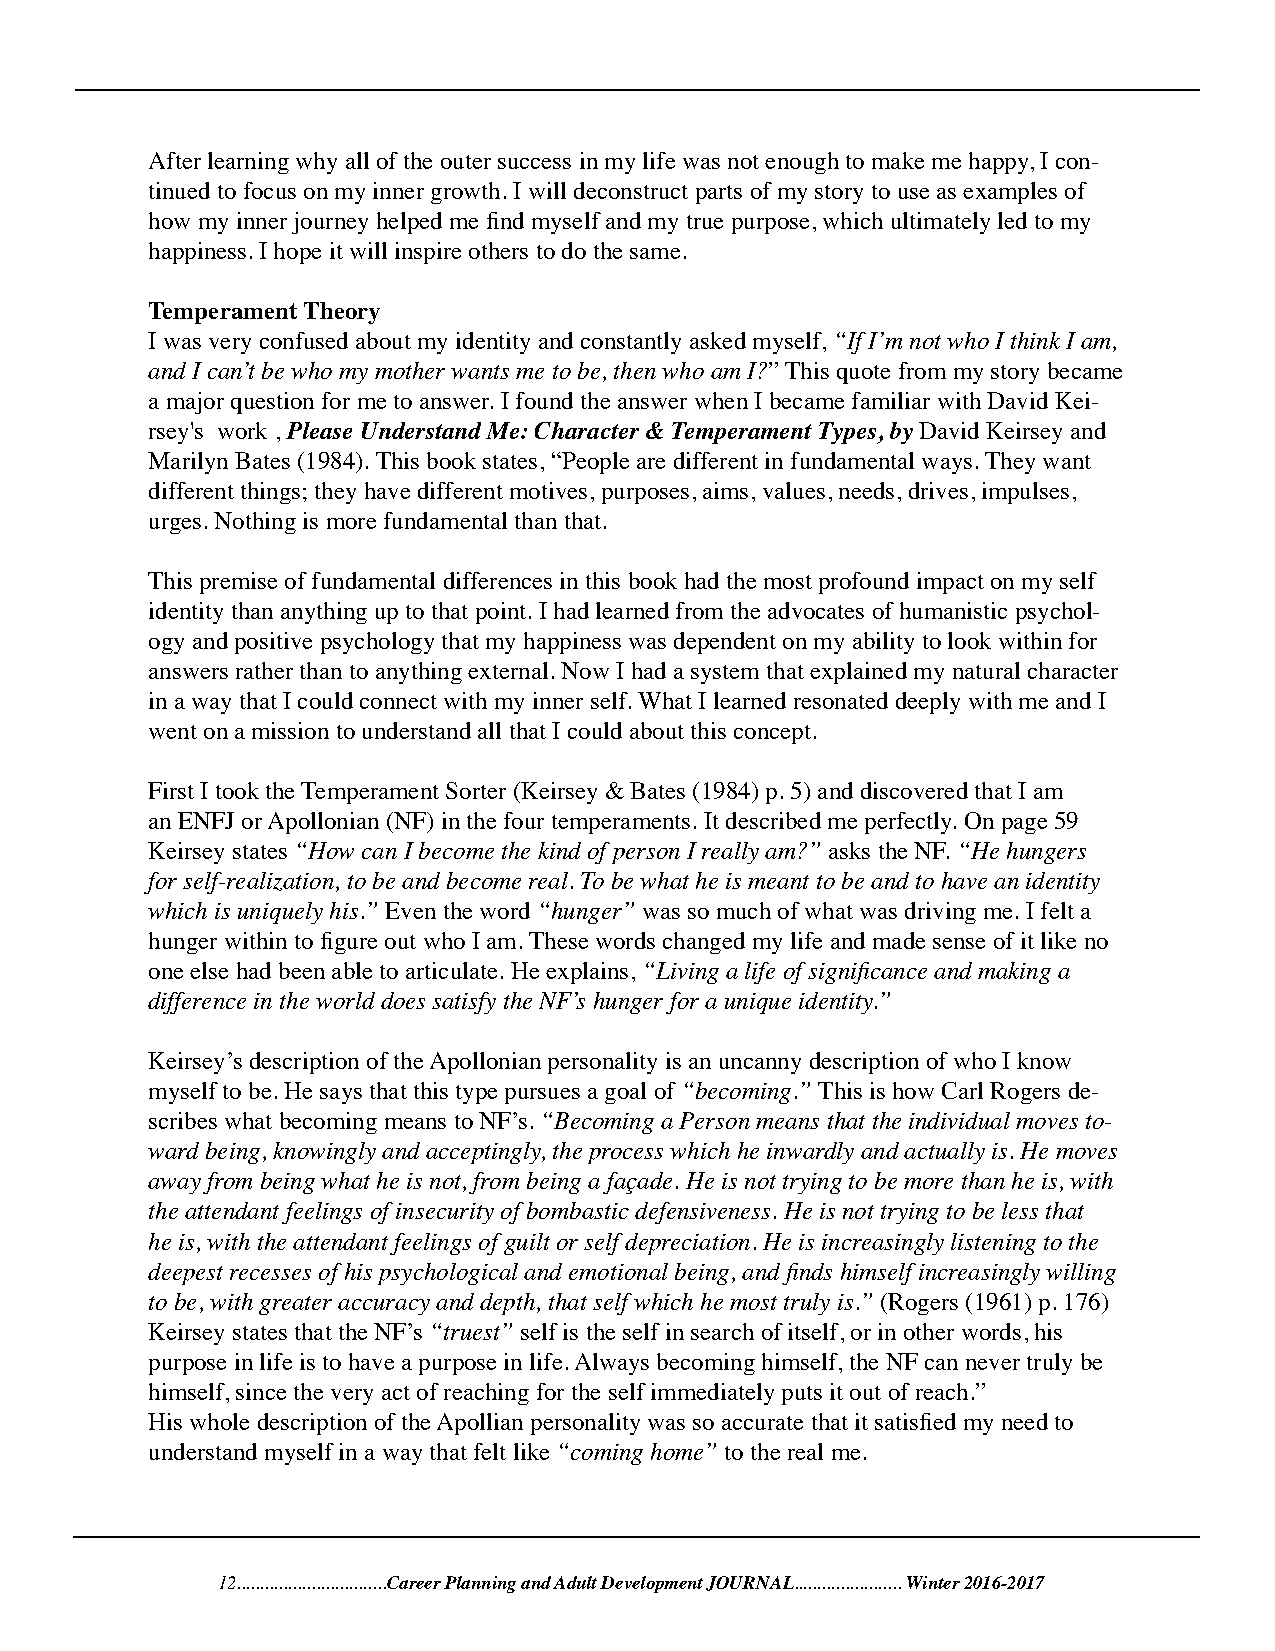
After learning why all of the outer success in my life was not enough to make me happy, I con-
 tinued to focus on my inner growth. I will deconstruct parts of my story to use as examples of
 how my inner journey helped me find myself and my true purpose, which ultimately led to my
 happiness. I hope it will inspire others to do the same.
 Temperament Theory
 I was very confused about my identity and constantly asked myself, “If I’m not who I think I am,
 and I can’t be who my mother wants me to be, then who am I?” This quote from my story became
 a major question for me to answer. I found the answer when I became familiar with David Kei-
 rsey's work , Please Understand Me: Character & Temperament Types, by David Keirsey and
 Marilyn Bates (1984). This book states, “People are different in fundamental ways. They want
 different things; they have different motives, purposes, aims, values, needs, drives, impulses,
 urges. Nothing is more fundamental than that.
 This premise of fundamental differences in this book had the most profound impact on my self
 identity than anything up to that point. I had learned from the advocates of humanistic psychol-
 ogy and positive psychology that my happiness was dependent on my ability to look within for
 answers rather than to anything external. Now I had a system that explained my natural character
 in a way that I could connect with my inner self. What I learned resonated deeply with me and I
 went on a mission to understand all that I could about this concept.
 First I took the Temperament Sorter (Keirsey & Bates (1984) p. 5) and discovered that I am
 an ENFJ or Apollonian (NF) in the four temperaments. It described me perfectly. On page 59
 Keirsey states “How can I become the kind of person I really am?” asks the NF. “He hungers
 for self-realization, to be and become real. To be what he is meant to be and to have an identity
 which is uniquely his.” Even the word “hunger” was so much of what was driving me. I felt a
 hunger within to figure out who I am. These words changed my life and made sense of it like no
 one else had been able to articulate. He explains, “Living a life of significance and making a
 difference in the world does satisfy the NF’s hunger for a unique identity.”
 Keirsey’s description of the Apollonian personality is an uncanny description of who I know
 myself to be. He says that this type pursues a goal of “becoming.” This is how Carl Rogers de-
 scribes what becoming means to NF’s. “Becoming a Person means that the individual moves to-
 ward being, knowingly and acceptingly, the process which he inwardly and actually is. He moves
 away from being what he is not, from being a façade. He is not trying to be more than he is, with
 the attendant feelings of insecurity of bombastic defensiveness. He is not trying to be less that
 he is, with the attendant feelings of guilt or self depreciation. He is increasingly listening to the
 deepest recesses of his psychological and emotional being, and finds himself increasingly willing
 to be, with greater accuracy and depth, that self which he most truly is.” (Rogers (1961) p. 176)
 Keirsey states that the NF’s “truest” self is the self in search of itself, or in other words, his
 purpose in life is to have a purpose in life. Always becoming himself, the NF can never truly be
 himself, since the very act of reaching for the self immediately puts it out of reach.”
 His whole description of the Apollian personality was so accurate that it satisfied my need to
 understand myself in a way that felt like “coming home” to the real me.
 12................................Career Planning and Adult Development JOURNAL....................... Winter 2016-2017